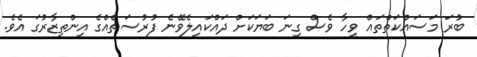
ބުރަ މަސައްކަތްތައް ވީހާ ވެސް ގިނަ ބަޔަކަށް ދައްކައިލެވޭނެ ފުރުސަތެއްގެ އިންތިޒާރުގަ އެވެ.